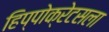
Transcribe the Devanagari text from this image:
हिप्पोक्रेटसला